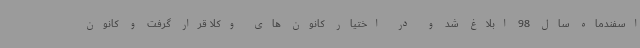
اسفندماه سال 98 ابلاغ شد و در اختیار کانون های وکلا قرار گرفت و کانون